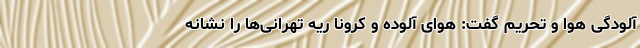
آلودگی هوا و تحریم گفت: هوای آلوده و کرونا ریه تهرانی‌ها را نشانه